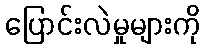
ပြောင်းလဲမှုများကို